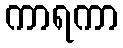
ကာရကာ